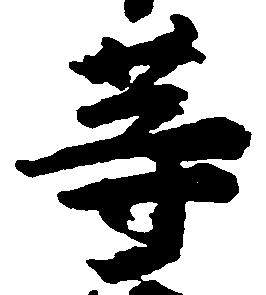
等